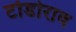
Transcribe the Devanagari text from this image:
टोडोराव